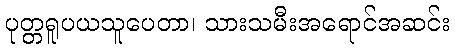
ပုတ္တရူပယသူပေတာ၊ သားသမီးအရောင်အဆင်း